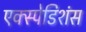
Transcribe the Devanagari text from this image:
एक्स्पेडिशंस